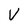
Character: V